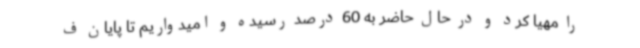
را مهیا کرد و در حال حاضر به 60 درصد رسیده و امیدواریم تا پایان ف